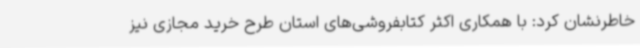
خاطرنشان کرد: با همکاری اکثر کتابفروشی‌های استان طرح خرید مجازی نیز